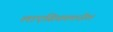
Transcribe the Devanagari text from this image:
लाएसियममधील